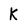
Character: K